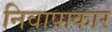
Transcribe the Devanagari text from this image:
निवापाकार